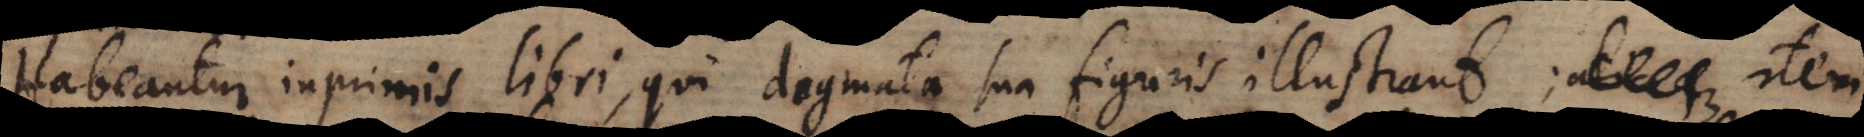
Habeantur inprimis libri, qui dogmata sua figuris illustrant; al